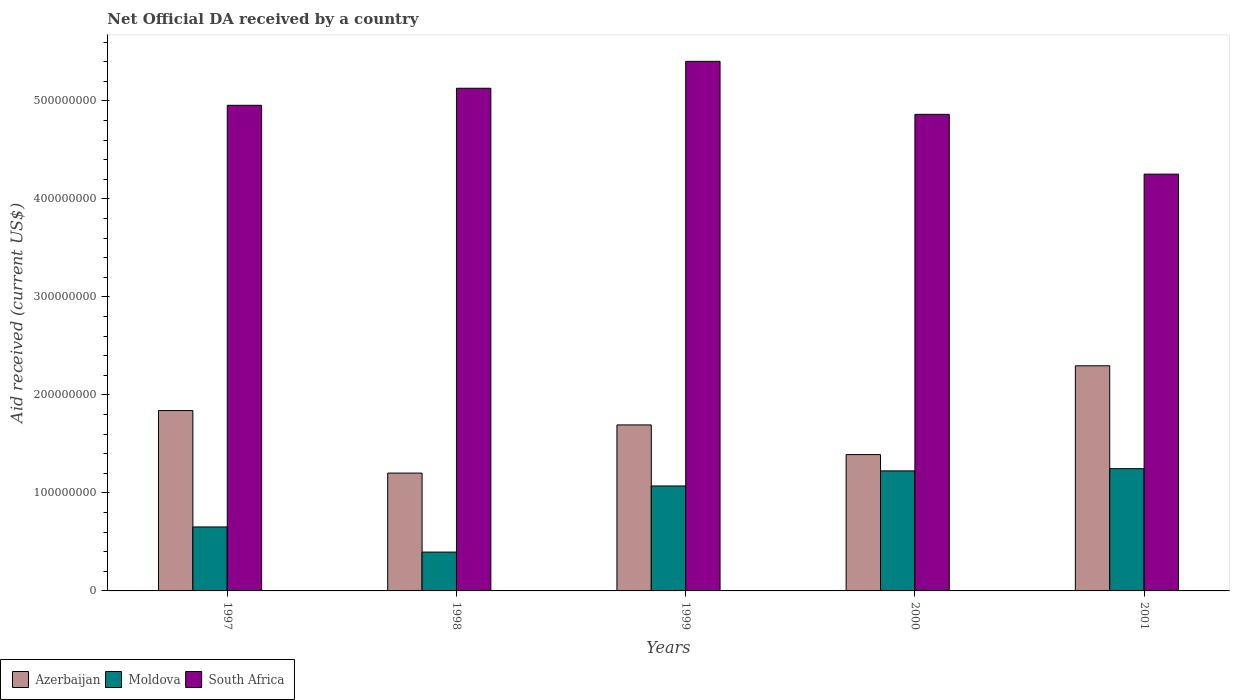
| Years | Azerbaijan | Moldova | South Africa |
 | --- | --- | --- | --- |
 | 1997 | 1.84e+08 | 6.53e+07 | 4.96e+08 |
 | 1998 | 1.2e+08 | 3.96e+07 | 5.13e+08 |
 | 1999 | 1.69e+08 | 1.07e+08 | 5.4e+08 |
 | 2000 | 1.39e+08 | 1.22e+08 | 4.86e+08 |
 | 2001 | 2.3e+08 | 1.25e+08 | 4.25e+08 |